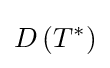
D\left(T^{*}\right)